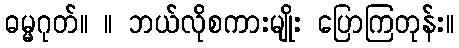
ဓမ္မဂုတ်။ ။ ဘယ်လိုစကားမျိုး ပြောကြတုန်း။